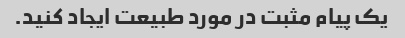
یک پیام مثبت در مورد طبیعت ایجاد کنید.